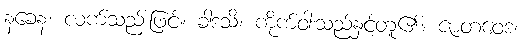
နခေန၊ လက်သည်းဖြင့်။ ခါဒသိ၊ ကိုက်ဝါးသည်နှင့်တူ၏။ ဇာတဝေဒံ၊